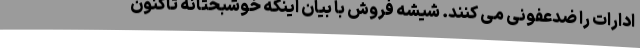
ادارات را ضدعفونی می کنند. شیشه فروش با بیان اینکه خوشبختانه تاکنون